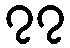
၇၇